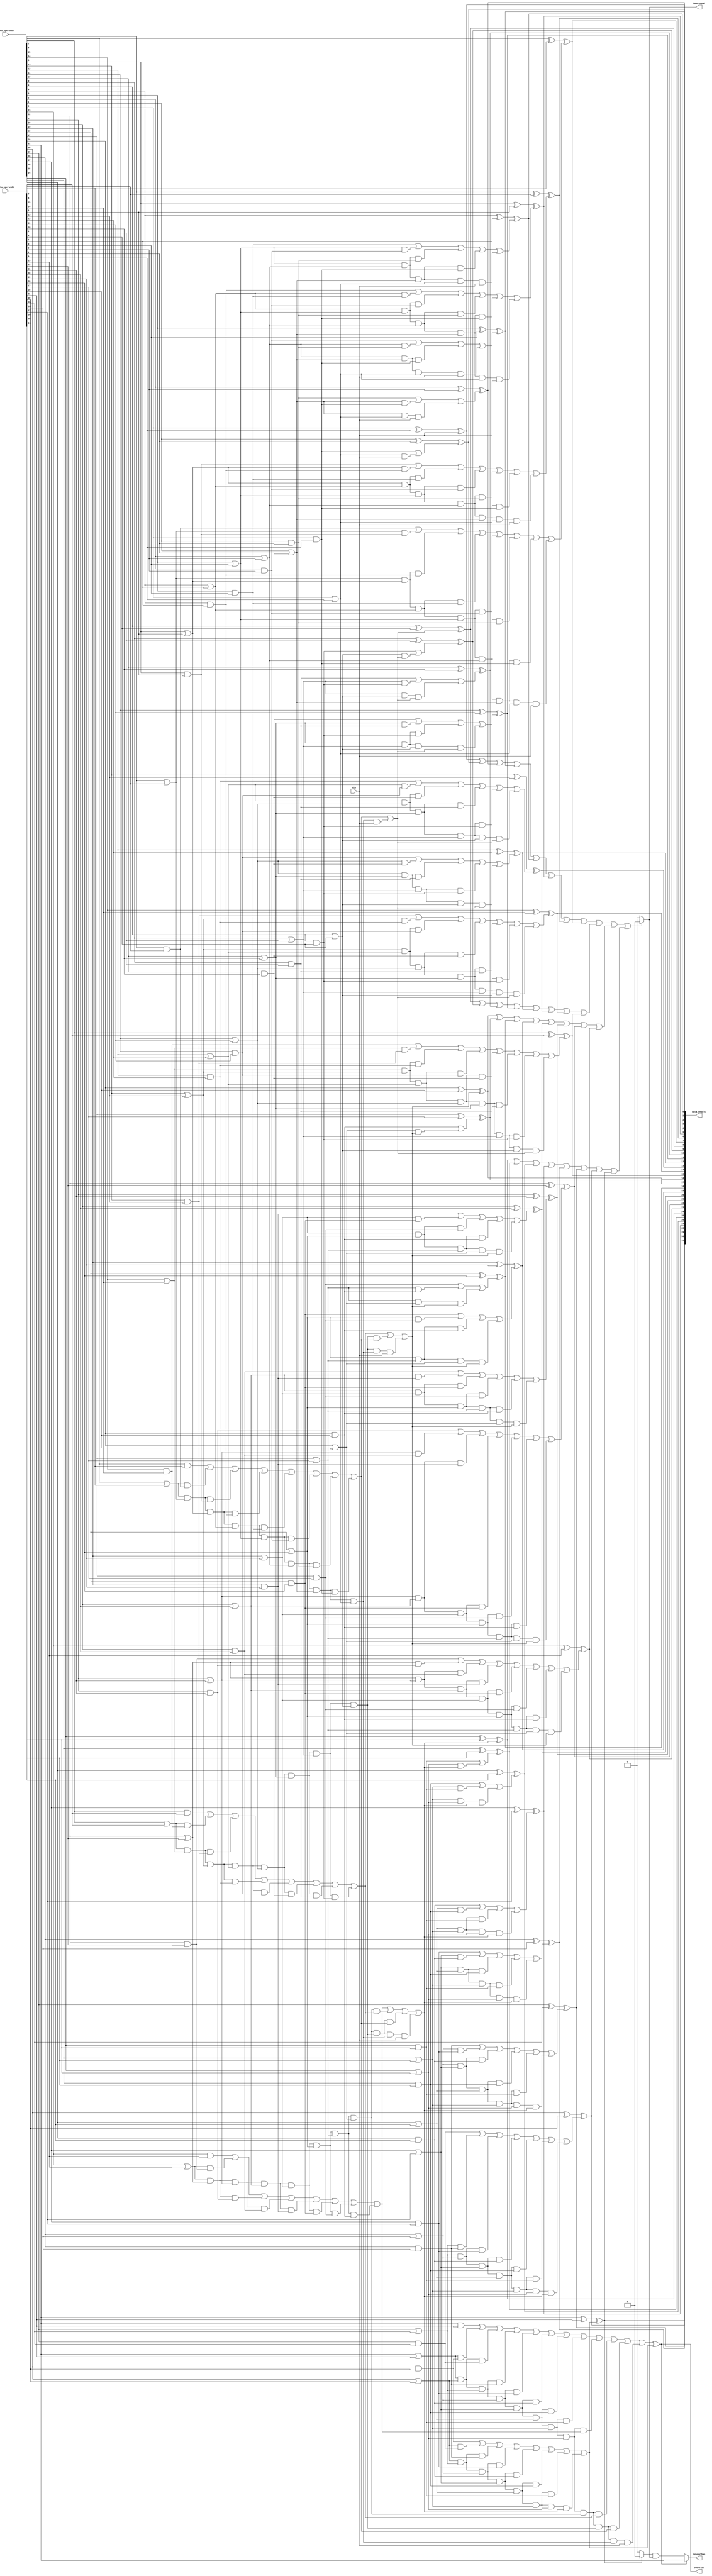
module cla_32(data_result, isNotEqual, isLessThan, overflow, data_operandA, data_operandB, Cin);
  input [31:0] data_operandA, data_operandB;
  input Cin;
  output [31:0] data_result;
  output isNotEqual, isLessThan, overflow;

  wire block0_one, block1_one, block2_one, block3_one;

  // start of 7-0 CLA block
  wire g7, g6, g5, g4, g3, g2, g1, g0, p7, p6, p5, p4, p3, p2, p1, p0;
  and g7_and(g7, data_operandA[7], data_operandB[7]);
  and g6_and(g6, data_operandA[6], data_operandB[6]);
  and g5_and(g5, data_operandA[5], data_operandB[5]);
  and g4_and(g4, data_operandA[4], data_operandB[4]);
  and g3_and(g3, data_operandA[3], data_operandB[3]);
  and g2_and(g2, data_operandA[2], data_operandB[2]);
  and g1_and(g1, data_operandA[1], data_operandB[1]);
  and g0_and(g0, data_operandA[0], data_operandB[0]);
  or p7_or(p7, data_operandA[7], data_operandB[7]);
  or p6_or(p6, data_operandA[6], data_operandB[6]);
  or p5_or(p5, data_operandA[5], data_operandB[5]);
  or p4_or(p4, data_operandA[4], data_operandB[4]);
  or p3_or(p3, data_operandA[3], data_operandB[3]);
  or p2_or(p2, data_operandA[2], data_operandB[2]);
  or p1_or(p1, data_operandA[1], data_operandB[1]);
  or p0_or(p0, data_operandA[0], data_operandB[0]);

  wire c8, c7, c6, c5, c4, c3, c2, c1;

  // c1 calculations
  wire p0c0;

  and p0c0_and(p0c0, p0, Cin);
  or c1_or(c1, g0, p0c0);

  // c2 calculations
  wire p1g0, p1p0c0;

  and p1g0_and(p1g0, p1, g0);
  and p1p0c0_and(p1p0c0, p1, p0, Cin);
  or c2_or(c2, g1, p1g0, p1p0c0);

  // c3 calculations
  wire p2g1, p2p1g0, p2p1p0c0;

  and p2g1_and(p2g1, p2, g1);
  and p2p1g0_and(p2p1g0, p2, p1, g0);
  and p2p1p0c0_and(p2p1p0c0, p2, p1, p0, Cin);
  or c3_or(c3, g2, p2g1, p2p1g0, p2p1p0c0);

  // c4 calculations
  wire p3g2, p3p2g1, p3p2p1g0, p3p2p1p0c0;

  and p3g2_and(p3g2, p3, g2);
  and p3p2g1_and(p3p2g1, p3, p2, g1);
  and p3p2p1g0_and(p3p2p1g0, p3, p2, p1, g0);
  and p3p2p1p0c0_and(p3p2p1p0c0, p3, p2, p1, p0, Cin);
  or c4_or(c4, g3, p3g2, p3p2g1, p3p2p1g0, p3p2p1p0c0);

  // c5 calculations
  wire p4g3, p4p3g2, p4p3p2g1, p4p3p2p1g0, p4p3p2p1p0c0;

  and p4g3_and(p4g3, p4, g3);
  and p4p3g2_and(p4p3g2, p4, p3, g2);
  and p4p3p2g1_and(p4p3p2g1, p4, p3, p2, g1);
  and p4p3p2p1g0_and(p4p3p2p1g0, p4, p3, p2, p1, g0);
  and p4p3p2p1p0c0_and(p4p3p2p1p0c0, p4, p3, p2, p1, p0, Cin);
  or c5_or(c5, g4, p4g3, p4p3g2, p4p3p2g1, p4p3p2p1g0, p4p3p2p1p0c0);

  // c6 calculations
  wire p5g4, p5p4g3, p5p4p3g2, p5p4p3p2g1, p5p4p3p2p1g0, p5p4p3p2p1p0c0;

  and p5g4_and(p5g4, p5, g4);
  and p5p4g3_and(p5p4g3, p5, p4, g3);
  and p5p4p3g2_and(p5p4p3g2, p5, p4, p3, g2);
  and p5p4p3p2g1_and(p5p4p3p2g1, p5, p4, p3, p2, g1);
  and p5p4p3p2p1g0_and(p5p4p3p2p1g0, p5, p4, p3, p2, p1, g0);
  and p5p4p3p2p1p0c0_and(p5p4p3p2p1p0c0, p5, p4, p3, p2, p1, p0, Cin);
  or c6_or(c6, g5, p5g4, p5p4g3, p5p4p3g2, p5p4p3p2g1, p5p4p3p2p1g0, p5p4p3p2p1p0c0);

  // c7 calculations
  wire p6g5, p6p5g4, p6p5p4g3, p6p5p4p3g2, p6p5p4p3p2g1, p6p5p4p3p2p1g0, p6p5p4p3p2p1p0c0;

  and p6g5_and(p6g5, p6, g5);
  and p6p5g4_and(p6p5g4, p6, p5, g4);
  and p6p5p4g3_and(p6p5p4g3, p6, p5, p4, g3);
  and p6p5p4p3g2_and(p6p5p4p3g2, p6, p5, p4, p3, g2);
  and p6p5p4p3p2g1_and(p6p5p4p3p2g1, p6, p5, p4, p3, p2, g1);
  and p6p5p4p3p2p1g0_and(p6p5p4p3p2p1g0, p6, p5, p4, p3, p2, p1, g0);
  and p6p5p4p3p2p1p0c0_and(p6p5p4p3p2p1p0c0, p6, p5, p4, p3, p2, p1, p0, Cin);
  or c7_or(c7, g6, p6g5, p6p5g4, p6p5p4g3, p6p5p4p3g2, p6p5p4p3p2g1, p6p5p4p3p2p1g0, p6p5p4p3p2p1p0c0);

  // G0, P0 calculations
  wire p7g6, p7p6g5, p7p6p5g4, p7p6p5p4g3, p7p6p5p4p3g2, p7p6p5p4p3p2g1, p7p6p5p4p3p2p1g0;

  and p7g6_and(p7g6, p7, g6);
  and p7p6g5_and(p7p6g5, p7, p6, g5);
  and p7p6p5g4_and(p7p6p5g4, p7, p6, p5, g4);
  and p7p6p5p4g3_and(p7p6p5p4g3, p7, p6, p5, p4, g3);
  and p7p6p5p4p3g2_and(p7p6p5p4p3g2, p7, p6, p5, p4, p3, g2);
  and p7p6p5p4p3p2g1_and(p7p6p5p4p3p2g1, p7, p6, p5, p4, p3, p2, g1);
  and p7p6p5p4p3p2p1g0_and(p7p6p5p4p3p2p1g0, p7, p6, p5, p4, p3, p2, p1, g0);

  wire G0, P0;
  or G0_or(G0, g7, p7g6, p7p6g5, p7p6p5g4, p7p6p5p4g3, p7p6p5p4p3g2, p7p6p5p4p3p2g1, p7p6p5p4p3p2p1g0);
  and P0_and(P0, p7, p6, p5, p4, p3, p2, p1, p0);

  // c8 calculation
  wire P0c0;

  and P0c0_and(P0c0, P0, Cin);
  or c8_or(c8, G0, P0c0);

  // s7-s0 calculations
  xor s0(data_result[0], data_operandA[0], data_operandB[0], Cin);
  xor s1(data_result[1], data_operandA[1], data_operandB[1], c1);
  xor s2(data_result[2], data_operandA[2], data_operandB[2], c2);
  xor s3(data_result[3], data_operandA[3], data_operandB[3], c3);
  xor s4(data_result[4], data_operandA[4], data_operandB[4], c4);
  xor s5(data_result[5], data_operandA[5], data_operandB[5], c5);
  xor s6(data_result[6], data_operandA[6], data_operandB[6], c6);
  xor s7(data_result[7], data_operandA[7], data_operandB[7], c7);

  or block0_check_zero(block0_one, data_result[0], data_result[1], data_result[2], data_result[3], data_result[4], data_result[5], data_result[6], data_result[7]);

  // start of 15-8 CLA block
  wire g15, g14, g13, g12, g11, g10, g9, g8, p15, p14, p13, p12, p11, p10, p9, p8;
  and g15_and(g15, data_operandA[15], data_operandB[15]);
  and g14_and(g14, data_operandA[14], data_operandB[14]);
  and g13_and(g13, data_operandA[13], data_operandB[13]);
  and g12_and(g12, data_operandA[12], data_operandB[12]);
  and g11_and(g11, data_operandA[11], data_operandB[11]);
  and g10_and(g10, data_operandA[10], data_operandB[10]);
  and g9_and(g9, data_operandA[9], data_operandB[9]);
  and g8_and(g8, data_operandA[8], data_operandB[8]);
  or p15_or(p15, data_operandA[15], data_operandB[15]);
  or p14_or(p14, data_operandA[14], data_operandB[14]);
  or p13_or(p13, data_operandA[13], data_operandB[13]);
  or p12_or(p12, data_operandA[12], data_operandB[12]);
  or p11_or(p11, data_operandA[11], data_operandB[11]);
  or p10_or(p10, data_operandA[10], data_operandB[10]);
  or p9_or(p9, data_operandA[9], data_operandB[9]);
  or p8_or(p8, data_operandA[8], data_operandB[8]);

  wire c16, c15, c14, c13, c12, c11, c10, c9;

  // c9 calculations
  wire p8c8;

  and p8c8_and(p8c8, p8, c8);
  or c9_or(c9, g8, p8c8);

  // c10 calculations
  wire p9g8, p9p8c8;

  and p9g8_and(p9g8, p9, g8);
  and p9p8c8_and(p9p8c8, p9, p8, c8);
  or c10_or(c10, g9, p9g8, p9p8c8);

  // c11 calculations
  wire p10g9, p10p9g8, p10p9p8c8;

  and p10g9_and(p10g9, p10, g9);
  and p10p9g8_and(p10p9g8, p10, p9, g8);
  and p10p9p8c8_and(p10p9p8c8, p10, p9, p8, c8);
  or c11_or(c11, g10, p10g9, p10p9g8, p10p9p8c8);

  // c12 calculations
  wire p11g10, p11p10g9, p11p10p9g8, p11p10p9p8c8;

  and p11g10_and(p11g10, p11, g10);
  and p11p10g9_and(p11p10g9, p11, p10, g9);
  and p11p10p9g8_and(p11p10p9g8, p11, p10, p9, g8);
  and p11p10p9p8c8_and(p11p10p9p8c8, p11, p10, p9, p8, c8);
  or c12_or(c12, g11, p11g10, p11p10g9, p11p10p9g8, p11p10p9p8c8);

  // c13 calculations
  wire p12g11, p12p11g10, p12p11p10g9, p12p11p10p9g8, p12p11p10p9p8c8;

  and p12g11_and(p12g11, p12, g11);
  and p12p11g10_and(p12p11g10, p12, p11, g10);
  and p12p11p10g9_and(p12p11p10g9, p12, p11, p10, g9);
  and p12p11p10p9g8_and(p12p11p10p9g8, p12, p11, p10, p9, g8);
  and p12p11p10p9p8c8_and(p12p11p10p9p8c8, p12, p11, p10, p9, p8, c8);
  or c13_or(c13, g12, p12g11, p12p11g10, p12p11p10g9, p12p11p10p9g8, p12p11p10p9p8c8);

  // c14 calculations
  wire p13g12, p13p12g11, p13p12p11g10, p13p12p11p10g9, p13p12p11p10p9g8, p13p12p11p10p9p8c8;

  and p13g12_and(p13g12, p13, g12);
  and p13p12g11_and(p13p12g11, p13, p12, g11);
  and p13p12p11g10_and(p13p12p11g10, p13, p12, p11, g10);
  and p13p12p11p10g9_and(p13p12p11p10g9, p13, p12, p11, p10, g9);
  and p13p12p11p10p9g8_and(p13p12p11p10p9g8, p13, p12, p11, p10, p9, g8);
  and p13p12p11p10p9p8c8_and(p13p12p11p10p9p8c8, p13, p12, p11, p10, p9, p8, c8);
  or c14_or(c14, g13, p13g12, p13p12g11, p13p12p11g10, p13p12p11p10g9, p13p12p11p10p9g8, p13p12p11p10p9p8c8);

  // c15 calculations
  wire p14g13, p14p13g12, p14p13p12g11, p14p13p12p11g10, p14p13p12p11p10g9, p14p13p12p11p10p9g8, p14p13p12p11p10p9p8c8;

  and p14g13_and(p14g13, p14, g13);
  and p14p13g12_and(p14p13g12, p14, p13, g12);
  and p14p13p12g11_and(p14p13p12g11, p14, p13, p12, g11);
  and p14p13p12p11g10_and(p14p13p12p11g10, p14, p13, p12, p11, g10);
  and p14p13p12p11p10g9_and(p14p13p12p11p10g9, p14, p13, p12, p11, p10, g9);
  and p14p13p12p11p10p9g8_and(p14p13p12p11p10p9g8, p14, p13, p12, p11, p10, p9, g8);
  and p14p13p12p11p10p9p8c8_and(p14p13p12p11p10p9p8c8, p14, p13, p12, p11, p10, p9, p8, c8);
  or c15_or(c15, g14, p14g13, p14p13g12, p14p13p12g11, p14p13p12p11g10, p14p13p12p11p10g9, p14p13p12p11p10p9g8, p14p13p12p11p10p9p8c8);

  // G1, P1 calculations
  wire p15g14, p15p14g13, p15p14p13g12, p15p14p13p12g11, p15p14p13p12p11g10, p15p14p13p12p11p10g9, p15p14p13p12p11p10p9g8;

  and p15g14_and(p15g14, p15, g14);
  and p15p14g13_and(p15p14g13, p15, p14, g13);
  and p15p14p13g12_and(p15p14p13g12, p15, p14, p13, g12);
  and p15p14p13p12g11_and(p15p14p13p12g11, p15, p14, p13, p12, g11);
  and p15p14p13p12p11g10_and(p15p14p13p12p11g10, p15, p14, p13, p12, p11, g10);
  and p15p14p13p12p11p10g9_and(p15p14p13p12p11p10g9, p15, p14, p13, p12, p11, p10, g9);
  and p15p14p13p12p11p10p9g8_and(p15p14p13p12p11p10p9g8, p15, p14, p13, p12, p11, p10, p9, g8);

  wire G1, P1;
  or G1_or(G1, g15, p15g14, p15p14g13, p15p14p13g12, p15p14p13p12g11, p15p14p13p12p11g10, p15p14p13p12p11p10g9, p15p14p13p12p11p10p9g8);
  and P1_and(P1, p15, p14, p13, p12, p11, p10, p9, p8);

  // c16 calculation
  wire P1G0, P1P0c0;

  and P1G0_and(P1G0, P1, G0);
  and P1P0c0_and(P1P0c0, P1, P0, Cin);
  or c16_or(c16, G1, P1G0, P1P0c0);

  // s15-s8 calculations
  xor s8(data_result[8], data_operandA[8], data_operandB[8], c8);
  xor s9(data_result[9], data_operandA[9], data_operandB[9], c9);
  xor s10(data_result[10], data_operandA[10], data_operandB[10], c10);
  xor s11(data_result[11], data_operandA[11], data_operandB[11], c11);
  xor s12(data_result[12], data_operandA[12], data_operandB[12], c12);
  xor s13(data_result[13], data_operandA[13], data_operandB[13], c13);
  xor s14(data_result[14], data_operandA[14], data_operandB[14], c14);
  xor s15(data_result[15], data_operandA[15], data_operandB[15], c15);

  or block1_check_zero(block1_one, data_result[8], data_result[9], data_result[10], data_result[11], data_result[12], data_result[13], data_result[14], data_result[15]);

  // start of 23-16 CLA block
  wire g23, g22, g21, g20, g19, g18, g17, g16, p23, p22, p21, p20, p19, p18, p17, p16;
  and g23_and(g23, data_operandA[23], data_operandB[23]);
  and g22_and(g22, data_operandA[22], data_operandB[22]);
  and g21_and(g21, data_operandA[21], data_operandB[21]);
  and g20_and(g20, data_operandA[20], data_operandB[20]);
  and g19_and(g19, data_operandA[19], data_operandB[19]);
  and g18_and(g18, data_operandA[18], data_operandB[18]);
  and g17_and(g17, data_operandA[17], data_operandB[17]);
  and g16_and(g16, data_operandA[16], data_operandB[16]);
  or p23_or(p23, data_operandA[23], data_operandB[23]);
  or p22_or(p22, data_operandA[22], data_operandB[22]);
  or p21_or(p21, data_operandA[21], data_operandB[21]);
  or p20_or(p20, data_operandA[20], data_operandB[20]);
  or p19_or(p19, data_operandA[19], data_operandB[19]);
  or p18_or(p18, data_operandA[18], data_operandB[18]);
  or p17_or(p17, data_operandA[17], data_operandB[17]);
  or p16_or(p16, data_operandA[16], data_operandB[16]);

  wire c24, c23, c22, c21, c20, c19, c18, c17;

  // c17 calculations
  wire p16c16;

  and p16c16_and(p16c16, p16, c16);
  or c17_or(c17, g16, p16c16);

  // c18 calculations
  wire p17g16, p17p16c16;

  and p17g16_and(p17g16, p17, g16);
  and p17p16c16_and(p17p16c16, p17, p16, c16);
  or c18_or(c18, g17, p17g16, p17p16c16);

  // c19 calculations
  wire p18g17, p18p17g16, p18p17p16c16;

  and p18g17_and(p18g17, p18, g17);
  and p18p17g16_and(p18p17g16, p18, p17, g16);
  and p18p17p16c16_and(p18p17p16c16, p18, p17, p16, c16);
  or c19_or(c19, g18, p18g17, p18p17g16, p18p17p16c16);

  // c20 calculations
  wire p19g18, p19p18g17, p19p18p17g16, p19p18p17p16c16;

  and p19g18_and(p19g18, p19, g18);
  and p19p18g17_and(p19p18g17, p19, p18, g17);
  and p19p18p17g16_and(p19p18p17g16, p19, p18, p17, g16);
  and p19p18p17p16c16_and(p19p18p17p16c16, p19, p18, p17, p16, c16);
  or c20_or(c20, g19, p19g18, p19p18g17, p19p18p17g16, p19p18p17p16c16);

  // c21 calculations
  wire p20g19, p20p19g18, p20p19p18g17, p20p19p18p17g16, p20p19p18p17p16c16;

  and p20g19_and(p20g19, p20, g19);
  and p20p19g18_and(p20p19g18, p20, p19, g18);
  and p20p19p18g17_and(p20p19p18g17, p20, p19, p18, g17);
  and p20p19p18p17g16_and(p20p19p18p17g16, p20, p19, p18, p17, g16);
  and p20p19p18p17p16c16_and(p20p19p18p17p16c16, p20, p19, p18, p17, p16, c16);
  or c21_or(c21, g20, p20g19, p20p19g18, p20p19p18g17, p20p19p18p17g16, p20p19p18p17p16c16);

  // c22 calculations
  wire p21g20, p21p20g19, p21p20p19g18, p21p20p19p18g17, p21p20p19p18p17g16, p21p20p19p18p17p16c16;

  and p21g20_and(p21g20, p21, g20);
  and p21p20g19_and(p21p20g19, p21, p20, g19);
  and p21p20p19g18_and(p21p20p19g18, p21, p20, p19, g18);
  and p21p20p19p18g17_and(p21p20p19p18g17, p21, p20, p19, p18, g17);
  and p21p20p19p18p17g16_and(p21p20p19p18p17g16, p21, p20, p19, p18, p17, g16);
  and p21p20p19p18p17p16c16_and(p21p20p19p18p17p16c16, p21, p20, p19, p18, p17, p16, c16);
  or c22_or(c22, g21, p21g20, p21p20g19, p21p20p19g18, p21p20p19p18g17, p21p20p19p18p17g16, p21p20p19p18p17p16c16);

  // c23 calculations
  wire p22g21, p22p21g20, p22p21p20g19, p22p21p20p19g18, p22p21p20p19p18g17, p22p21p20p19p18p17g16, p22p21p20p19p18p17p16c16;

  and p22g21_and(p22g21, p22, g21);
  and p22p21g20_and(p22p21g20, p22, p21, g20);
  and p22p21p20g19_and(p22p21p20g19, p22, p21, p20, g19);
  and p22p21p20p19g18_and(p22p21p20p19g18, p22, p21, p20, p19, g18);
  and p22p21p20p19p18g17_and(p22p21p20p19p18g17, p22, p21, p20, p19, p18, g17);
  and p22p21p20p19p18p17g16_and(p22p21p20p19p18p17g16, p22, p21, p20, p19, p18, p17, g16);
  and p22p21p20p19p18p17p16c16_and(p22p21p20p19p18p17p16c16, p22, p21, p20, p19, p18, p17, p16, c16);
  or c23_or(c23, g22, p22g21, p22p21g20, p22p21p20g19, p22p21p20p19g18, p22p21p20p19p18g17, p22p21p20p19p18p17g16, p22p21p20p19p18p17p16c16);

  // G2, P2 calculations
  wire p23g22, p23p22g21, p23p22p21g20, p23p22p21p20g19, p23p22p21p20p19g18, p23p22p21p20p19p18g17, p23p22p21p20p19p18p17g16;

  and p23g22_and(p23g22, p23, g22);
  and p23p22g21_and(p23p22g21, p23, p22, g21);
  and p23p22p21g20_and(p23p22p21g20, p23, p22, p21, g20);
  and p23p22p21p20g19_and(p23p22p21p20g19, p23, p22, p21, p20, g19);
  and p23p22p21p20p19g18_and(p23p22p21p20p19g18, p23, p22, p21, p20, p19, g18);
  and p23p22p21p20p19p18g17_and(p23p22p21p20p19p18g17, p23, p22, p21, p20, p19, p18, g17);
  and p23p22p21p20p19p18p17g16_and(p23p22p21p20p19p18p17g16, p23, p22, p21, p20, p19, p18, p17, g16);

  wire G2, P2;
  or G2_or(G2, g23, p23g22, p23p22g21, p23p22p21g20, p23p22p21p20g19, p23p22p21p20p19g18, p23p22p21p20p19p18g17, p23p22p21p20p19p18p17g16);
  and P2_and(P2, p23, p22, p21, p20, p19, p18, p17, p16);

  // c24 calculation
  wire P2G1, P2P1G0, P2P1P0c0;
  and P2G1_and(P2G1, P2, G1);
  and P2P1G0_and(P2P1G0, P2, P1, G0);
  and P2P1P0c0_and(P2P1P0c0, P2, P1, P0, Cin);
  or c24_or(c24, G2, P2G1, P2P1G0, P2P1P0c0);

  // s23-s16 calculations
  xor s16(data_result[16], data_operandA[16], data_operandB[16], c16);
  xor s17(data_result[17], data_operandA[17], data_operandB[17], c17);
  xor s18(data_result[18], data_operandA[18], data_operandB[18], c18);
  xor s19(data_result[19], data_operandA[19], data_operandB[19], c19);
  xor s20(data_result[20], data_operandA[20], data_operandB[20], c20);
  xor s21(data_result[21], data_operandA[21], data_operandB[21], c21);
  xor s22(data_result[22], data_operandA[22], data_operandB[22], c22);
  xor s23(data_result[23], data_operandA[23], data_operandB[23], c23);

  or block2_check_zero(block2_one, data_result[16], data_result[17], data_result[18], data_result[19], data_result[20], data_result[21], data_result[22], data_result[23]);


  // start of 31-24 CLA block
  wire g31, g30, g29, g28, g27, g26, g25, g24, p31, p30, p29, p28, p27, p26, p25, p24;
  and g31_and(g31, data_operandA[31], data_operandB[31]);
  and g30_and(g30, data_operandA[30], data_operandB[30]);
  and g29_and(g29, data_operandA[29], data_operandB[29]);
  and g28_and(g28, data_operandA[28], data_operandB[28]);
  and g27_and(g27, data_operandA[27], data_operandB[27]);
  and g26_and(g26, data_operandA[26], data_operandB[26]);
  and g25_and(g25, data_operandA[25], data_operandB[25]);
  and g24_and(g24, data_operandA[24], data_operandB[24]);
  or p31_or(p31, data_operandA[31], data_operandB[31]);
  or p30_or(p30, data_operandA[30], data_operandB[30]);
  or p29_or(p29, data_operandA[29], data_operandB[29]);
  or p28_or(p28, data_operandA[28], data_operandB[28]);
  or p27_or(p27, data_operandA[27], data_operandB[27]);
  or p26_or(p26, data_operandA[26], data_operandB[26]);
  or p25_or(p25, data_operandA[25], data_operandB[25]);
  or p24_or(p24, data_operandA[24], data_operandB[24]);

  wire c32, c31, c30, c29, c28, c27, c26, c25;

  // c25 calculations
  wire p24c24;

  and p24c24_and(p24c24, p24, c24);
  or c25_or(c25, g24, p24c24);

  // c26 calculations
  wire p25g24, p25p24c24;

  and p25g24_and(p25g24, p25, g24);
  and p25p24c24_and(p25p24c24, p25, p24, c24);
  or c26_or(c26, g25, p25g24, p25p24c24);

  // c27 calculations
  wire p26g25, p26p25g24, p26p25p24c24;

  and p26g25_and(p26g25, p26, g25);
  and p26p25g24_and(p26p25g24, p26, p25, g24);
  and p26p25p24c24_and(p26p25p24c24, p26, p25, p24, c24);
  or c27_or(c27, g26, p26g25, p26p25g24, p26p25p24c24);

  // c28 calculations
  wire p27g26, p27p26g25, p27p26p25g24, p27p26p25p24c24;

  and p27g26_and(p27g26, p27, g26);
  and p27p26g25_and(p27p26g25, p27, p26, g25);
  and p27p26p25g24_and(p27p26p25g24, p27, p26, p25, g24);
  and p27p26p25p24c24_and(p27p26p25p24c24, p27, p26, p25, p24, c24);
  or c28_or(c28, g27, p27g26, p27p26g25, p27p26p25g24, p27p26p25p24c24);

  // c29 calculations
  wire p28g27, p28p27g26, p28p27p26g25, p28p27p26p25g24, p28p27p26p25p24c24;

  and p28g27_and(p28g27, p28, g27);
  and p28p27g26_and(p28p27g26, p28, p27, g26);
  and p28p27p26g25_and(p28p27p26g25, p28, p27, p26, g25);
  and p28p27p26p25g24_and(p28p27p26p25g24, p28, p27, p26, p25, g24);
  and p28p27p26p25p24c24_and(p28p27p26p25p24c24, p28, p27, p26, p25, p24, c24);
  or c29_or(c29, g28, p28g27, p28p27g26, p28p27p26g25, p28p27p26p25g24, p28p27p26p25p24c24);

  // c30 calculations
  wire p29g28, p29p28g27, p29p28p27g26, p29p28p27p26g25, p29p28p27p26p25g24, p29p28p27p26p25p24c24;

  and p29g28_and(p29g28, p29, g28);
  and p29p28g27_and(p29p28g27, p29, p28, g27);
  and p29p28p27g26_and(p29p28p27g26, p29, p28, p27, g26);
  and p29p28p27p26g25_and(p29p28p27p26g25, p29, p28, p27, p26, g25);
  and p29p28p27p26p25g24_and(p29p28p27p26p25g24, p29, p28, p27, p26, p25, g24);
  and p29p28p27p26p25p24c24_and(p29p28p27p26p25p24c24, p29, p28, p27, p26, p25, p24, c24);
  or c30_or(c30, g29, p29g28, p29p28g27, p29p28p27g26, p29p28p27p26g25, p29p28p27p26p25g24, p29p28p27p26p25p24c24);

  // c31 calculations
  wire p30g29, p30p29g28, p30p29p28g27, p30p29p28p27g26, p30p29p28p27p26g25, p30p29p28p27p26p25g24, p30p29p28p27p26p25p24c24;

  and p30g29_and(p30g29, p30, g29);
  and p30p29g28_and(p30p29g28, p30, p29, g28);
  and p30p29p28g27_and(p30p29p28g27, p30, p29, p28, g27);
  and p30p29p28p27g26_and(p30p29p28p27g26, p30, p29, p28, p27, g26);
  and p30p29p28p27p26g25_and(p30p29p28p27p26g25, p30, p29, p28, p27, p26, g25);
  and p30p29p28p27p26p25g24_and(p30p29p28p27p26p25g24, p30, p29, p28, p27, p26, p25, g24);
  and p30p29p28p27p26p25p24c24_and(p30p29p28p27p26p25p24c24, p30, p29, p28, p27, p26, p25, p24, c24);
  or c31_or(c31, g30, p30g29, p30p29g28, p30p29p28g27, p30p29p28p27g26, p30p29p28p27p26g25, p30p29p28p27p26p25g24, p30p29p28p27p26p25p24c24);

  // G3, P3 calculations
  wire p31g30, p31p30g29, p31p30p29g28, p31p30p29p28g27, p31p30p29p28p27g26, p31p30p29p28p27p26g25, p31p30p29p28p27p26p25g24;

  and p31g30_and(p31g30, p31, g30);
  and p31p30g29_and(p31p30g29, p31, p30, g29);
  and p31p30p29g28_and(p31p30p29g28, p31, p30, p29, g28);
  and p31p30p29p28g27_and(p31p30p29p28g27, p31, p30, p29, p28, g27);
  and p31p30p29p28p27g26_and(p31p30p29p28p27g26, p31, p30, p29, p28, p27, g26);
  and p31p30p29p28p27p26g25_and(p31p30p29p28p27p26g25, p31, p30, p29, p28, p27, p26, g25);
  and p31p30p29p28p27p26p25g24_and(p31p30p29p28p27p26p25g24, p31, p30, p29, p28, p27, p26, p25, g24);

  wire G3, P3;
  or G3_or(G3, g31, p31g30, p31p30g29, p31p30p29g28, p31p30p29p28g27, p31p30p29p28p27g26, p31p30p29p28p27p26g25, p31p30p29p28p27p26p25g24);
  and P3_and(P3, p31, p30, p29, p28, p27, p26, p25, p24);

  // c32 calculation
  wire P3G2, P3P2G1, P3P2P1G0, P3P2P1P0c0;
  and P3G2_and(P3G2, P3, G2);
  and P3P2G1_and(P3P2G1, P3, P2, G1);
  and P3P2P1G0_and(P3P2P1G0, P3, P2, P1, G0);
  and P3P2P1P0c0_and(P3P2P1P0c0, P3, P2, P1, P0, Cin);
  or c32_or(c32, G3, P3G2, P3P2G1, P3P2P1G0, P3P2P1P0c0);

  // s31-s24 calculations
  xor s24(data_result[24], data_operandA[24], data_operandB[24], c24);
  xor s25(data_result[25], data_operandA[25], data_operandB[25], c25);
  xor s26(data_result[26], data_operandA[26], data_operandB[26], c26);
  xor s27(data_result[27], data_operandA[27], data_operandB[27], c27);
  xor s28(data_result[28], data_operandA[28], data_operandB[28], c28);
  xor s29(data_result[29], data_operandA[29], data_operandB[29], c29);
  xor s30(data_result[30], data_operandA[30], data_operandB[30], c30);
  xor s31(data_result[31], data_operandA[31], data_operandB[31], c31);

  or block3_check_zero(block3_one, data_result[24], data_result[25], data_result[26], data_result[27], data_result[28], data_result[29], data_result[30], data_result[31]);

  // overflow bit
  xor overflow_bit(overflow, c32, c31);

  // isNotEqual bit
  wire is_1_bit;
  or is_1(is_1_bit, block0_one, block1_one, block2_one, block3_one);
  assign isNotEqual = is_1_bit ? 1 : 0;

  // isLessThan bit
  wire isNegative, isNegativeAndNotEqual;
  assign isNegative = data_result[31] ? 1 : 0;
  and isNANE(isNegativeAndNotEqual, isNegative, isNotEqual);
  assign isLessThan = overflow ? data_operandA[31] : isNegativeAndNotEqual;
endmodule